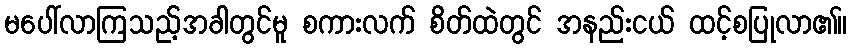
မပေါ်လာကြသည့်အခါတွင်မူ စကားလက် စိတ်ထဲတွင် အနည်းငယ် ထင့်စပြုလာ၏။